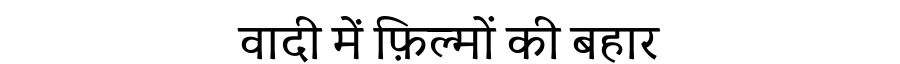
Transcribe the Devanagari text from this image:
वादी में फ़िल्मों की बहार